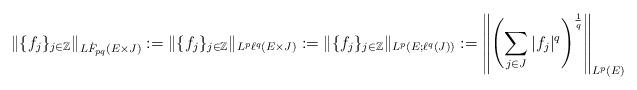
LaTeX: \begin{align*}\|\{f_j\}_{j\in\mathbb Z}\|_{L\dot F_{pq}(E\times J)}:=\|\{f_j\}_{j\in\mathbb Z}\|_{L^p\ell^q(E\times J)}:=\|\{f_j\}_{j\in\mathbb Z}\|_{L^p(E;\ell^q(J))}:=\left\|\left(\sum_{j\in J}|f_j|^q\right)^{\frac{1}{q}}\right\|_{L^p(E)}\end{align*}